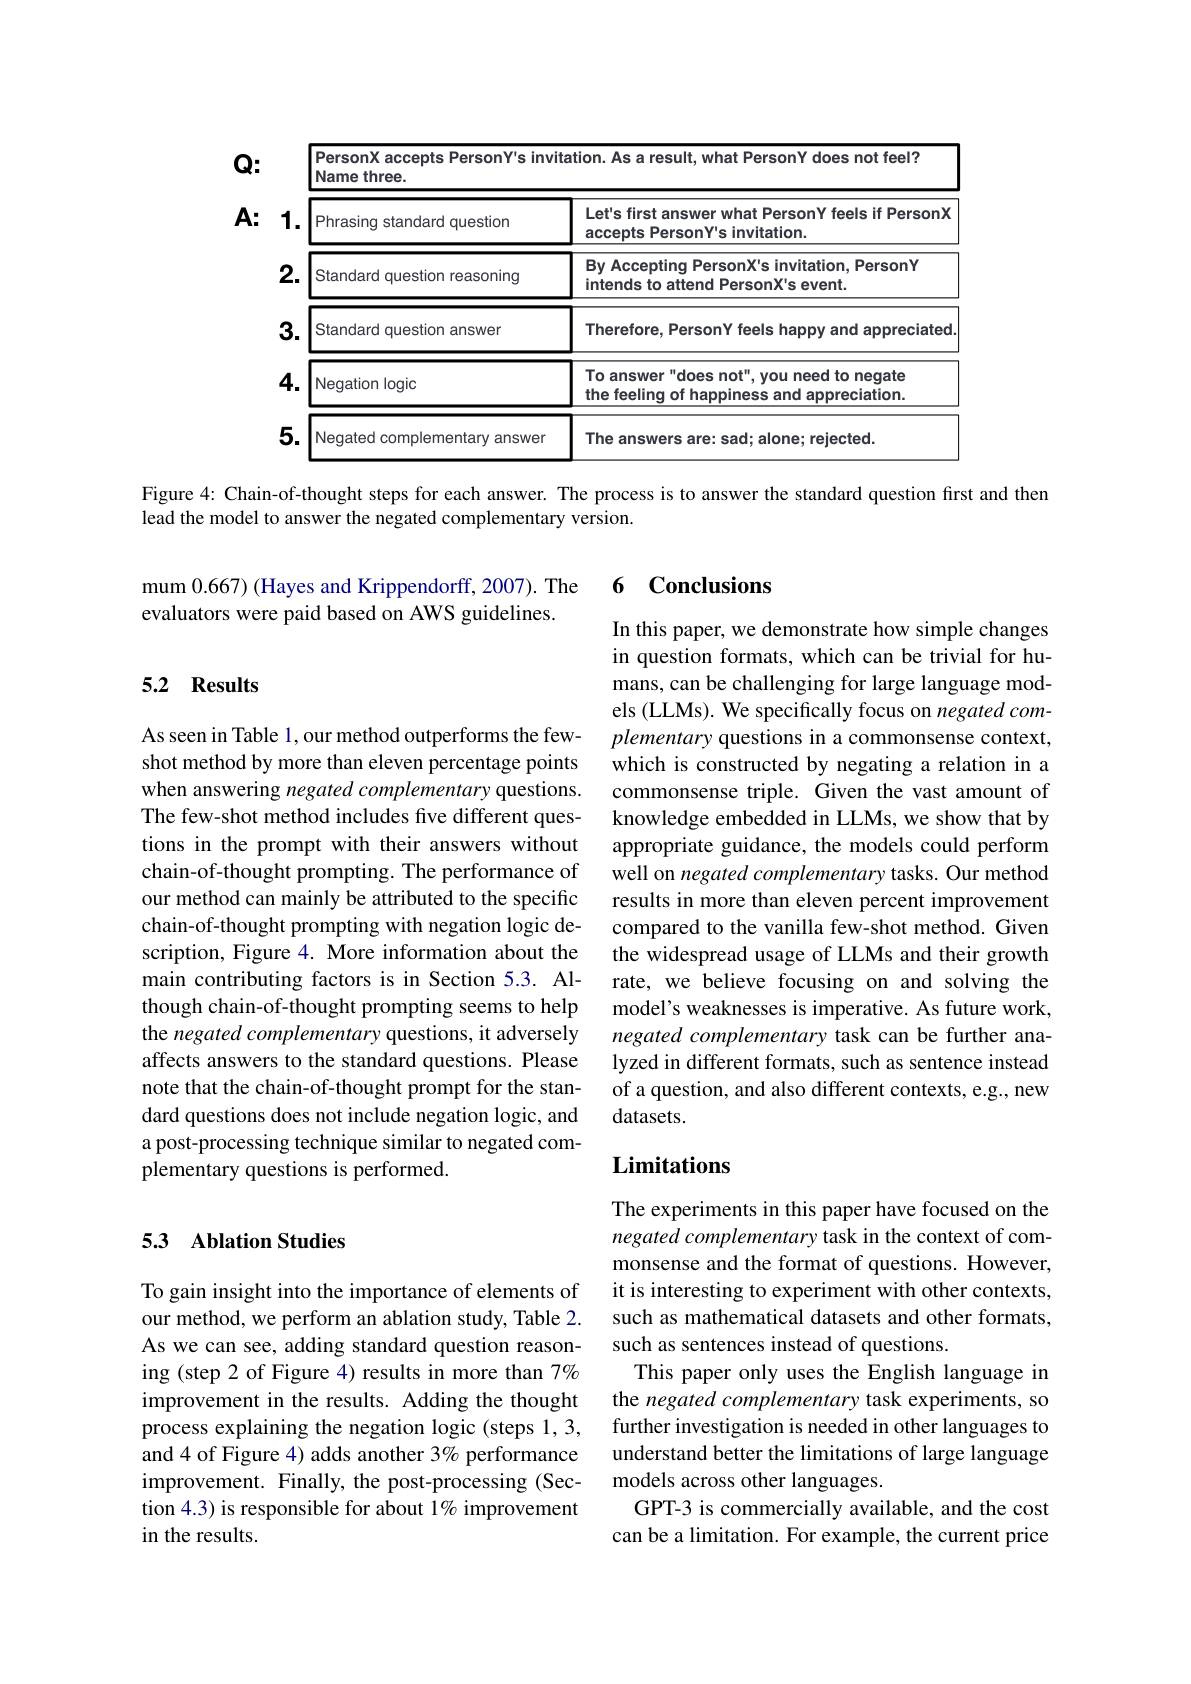
<table>
	<tbody>
		<tr>
			<th rowspan="2">$\mathbf{Q}:$ $\mathbf{A}:$</th>
			<th>Perso Name</th>
			<th rowspan="1">PersonX accepts PersonY's invitation. As a result, what PersonY does not feel? Name three.</th>
		</tr>
		<tr>
			<th>1. Phras</th>
			<th>Let's first answer what PersonY feels if PersonX accepts PersonY's invitation.</th>
		</tr>
		<tr>
			<td> </td>
			<td>2. Stand</td>
			<td>By Accepting PersonX's invitation, PersonY intends to attend PersonX's event.</td>
		</tr>
		<tr>
			<td> </td>
			<td>3. Stand</td>
			<td>Therefore, PersonY feels happy and appreciated</td>
		</tr>
		<tr>
			<td> </td>
			<td>4. Negat</td>
			<td>To answer" does not", you need to negate the feeling of happiness and appreciation.</td>
		</tr>
		<tr>
			<td> </td>
			<td>5. Negat</td>
			<td>The answers sad; alone; rejected. Arp</td>
		</tr>
	</tbody>
</table>

Figure 4: Chain-of-thought steps for each answer. The process is to answer the standard question first and then

lead the model to answer the negated complementary version.

6 Conclusions

mum 0.667) (Hayes and Krippendorff, 2007). The
evaluators were paid based on AWS guidelines.

### 5.2 Results

In this paper, we demonstrate how simple changes in question formats, which can be trivial for humans, can be challenging for large language models (LLMs). We specifically focus on negated complementary questions in a commonsense context, which is constructed by negating a relation in a commonsense triple. Given the vast amount of knowledge embedded in LLMs, we show that by appropriate guidance, the models could perform well on negated complementary tasks. Our method results in more than eleven percent improvement compared to the vanilla few-shot method. Given the widespread usage of LLMs and their growth rate, we believe focusing on and solving the model's weaknesses is imperative. As future work, negated complementary task can be further analyzed in different formats, such as sentence instead of a question, and also different contexts, e.g., new datasets.

As seen in Table 1, our method outperforms the fewshot method by more than eleven percentage points when answering negated complementary questions. The few-shot method includes five different questions in the prompt with their answers without chain-of-thought prompting. The performance of our method can mainly be attributed to the specific chain-of-thought prompting with negation logic description, Figure 4. More information about the main contributing factors is in Section 5.3. Although chain-of-thought prompting seems to help the negated complementary questions, it adversely affects answers to the standard questions. Please note that the chain-of-thought prompt for the standard questions does not include negation logic, and a post-processing technique similar to negated complementary questions is performed.

## Limitations

### 5.3 Ablation Studies

The experiments in this paper have focused on the negated complementary task in the context of commonsense and the format of questions. However, it is interesting to experiment with other contexts, such as mathematical datasets and other formats, such as sentences instead of questions.
This paper only uses the English language in the negated complementary task experiments, so further investigation is needed in other languages to understand better the limitations of large language models across other languages.
GPT-3 is commercially available, and the cost can be a limitation. For example, the current price

To gain insight into the importance of elements of our method, we perform an ablation study, Table 2. As we can see, adding standard question reasoning (step 2 of Figure 4) results in more than 7% improvement in the results. Adding the thought process explaining the negation logic (steps 1, 3, and4 of Figure 4) adds another 3% performance improvement. Finally, the post-processing (Section 4.3) is responsible for about 1% improvement in the results.